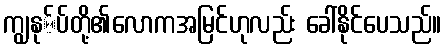
ကျွနု်ပ်တို့၏လောကအမြင်ဟုလည်း ခေါ်နိုင်ပေသည်။